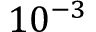
1 0 ^ { - 3 }